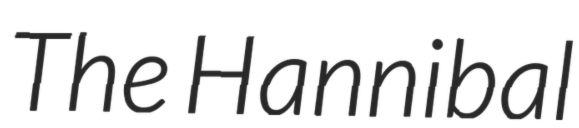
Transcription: The Hannibal